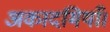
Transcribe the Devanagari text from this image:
अकादमियाँ।